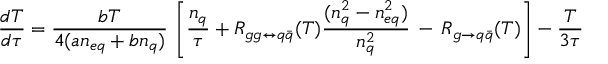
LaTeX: \frac { d T } { d \tau } = \frac { b T } { 4 ( a n _ { e q } + b n _ { q } ) } \, \left[ \frac { n _ { q } } { \tau } + R _ { g g \leftrightarrow q \bar { q } } ( T ) \frac { ( n _ { q } ^ { 2 } - n _ { e q } ^ { 2 } ) } { n _ { q } ^ { 2 } } \, - \, R _ { g \rightarrow q \bar { q } } ( T ) \right] - \frac { T } { 3 \tau }